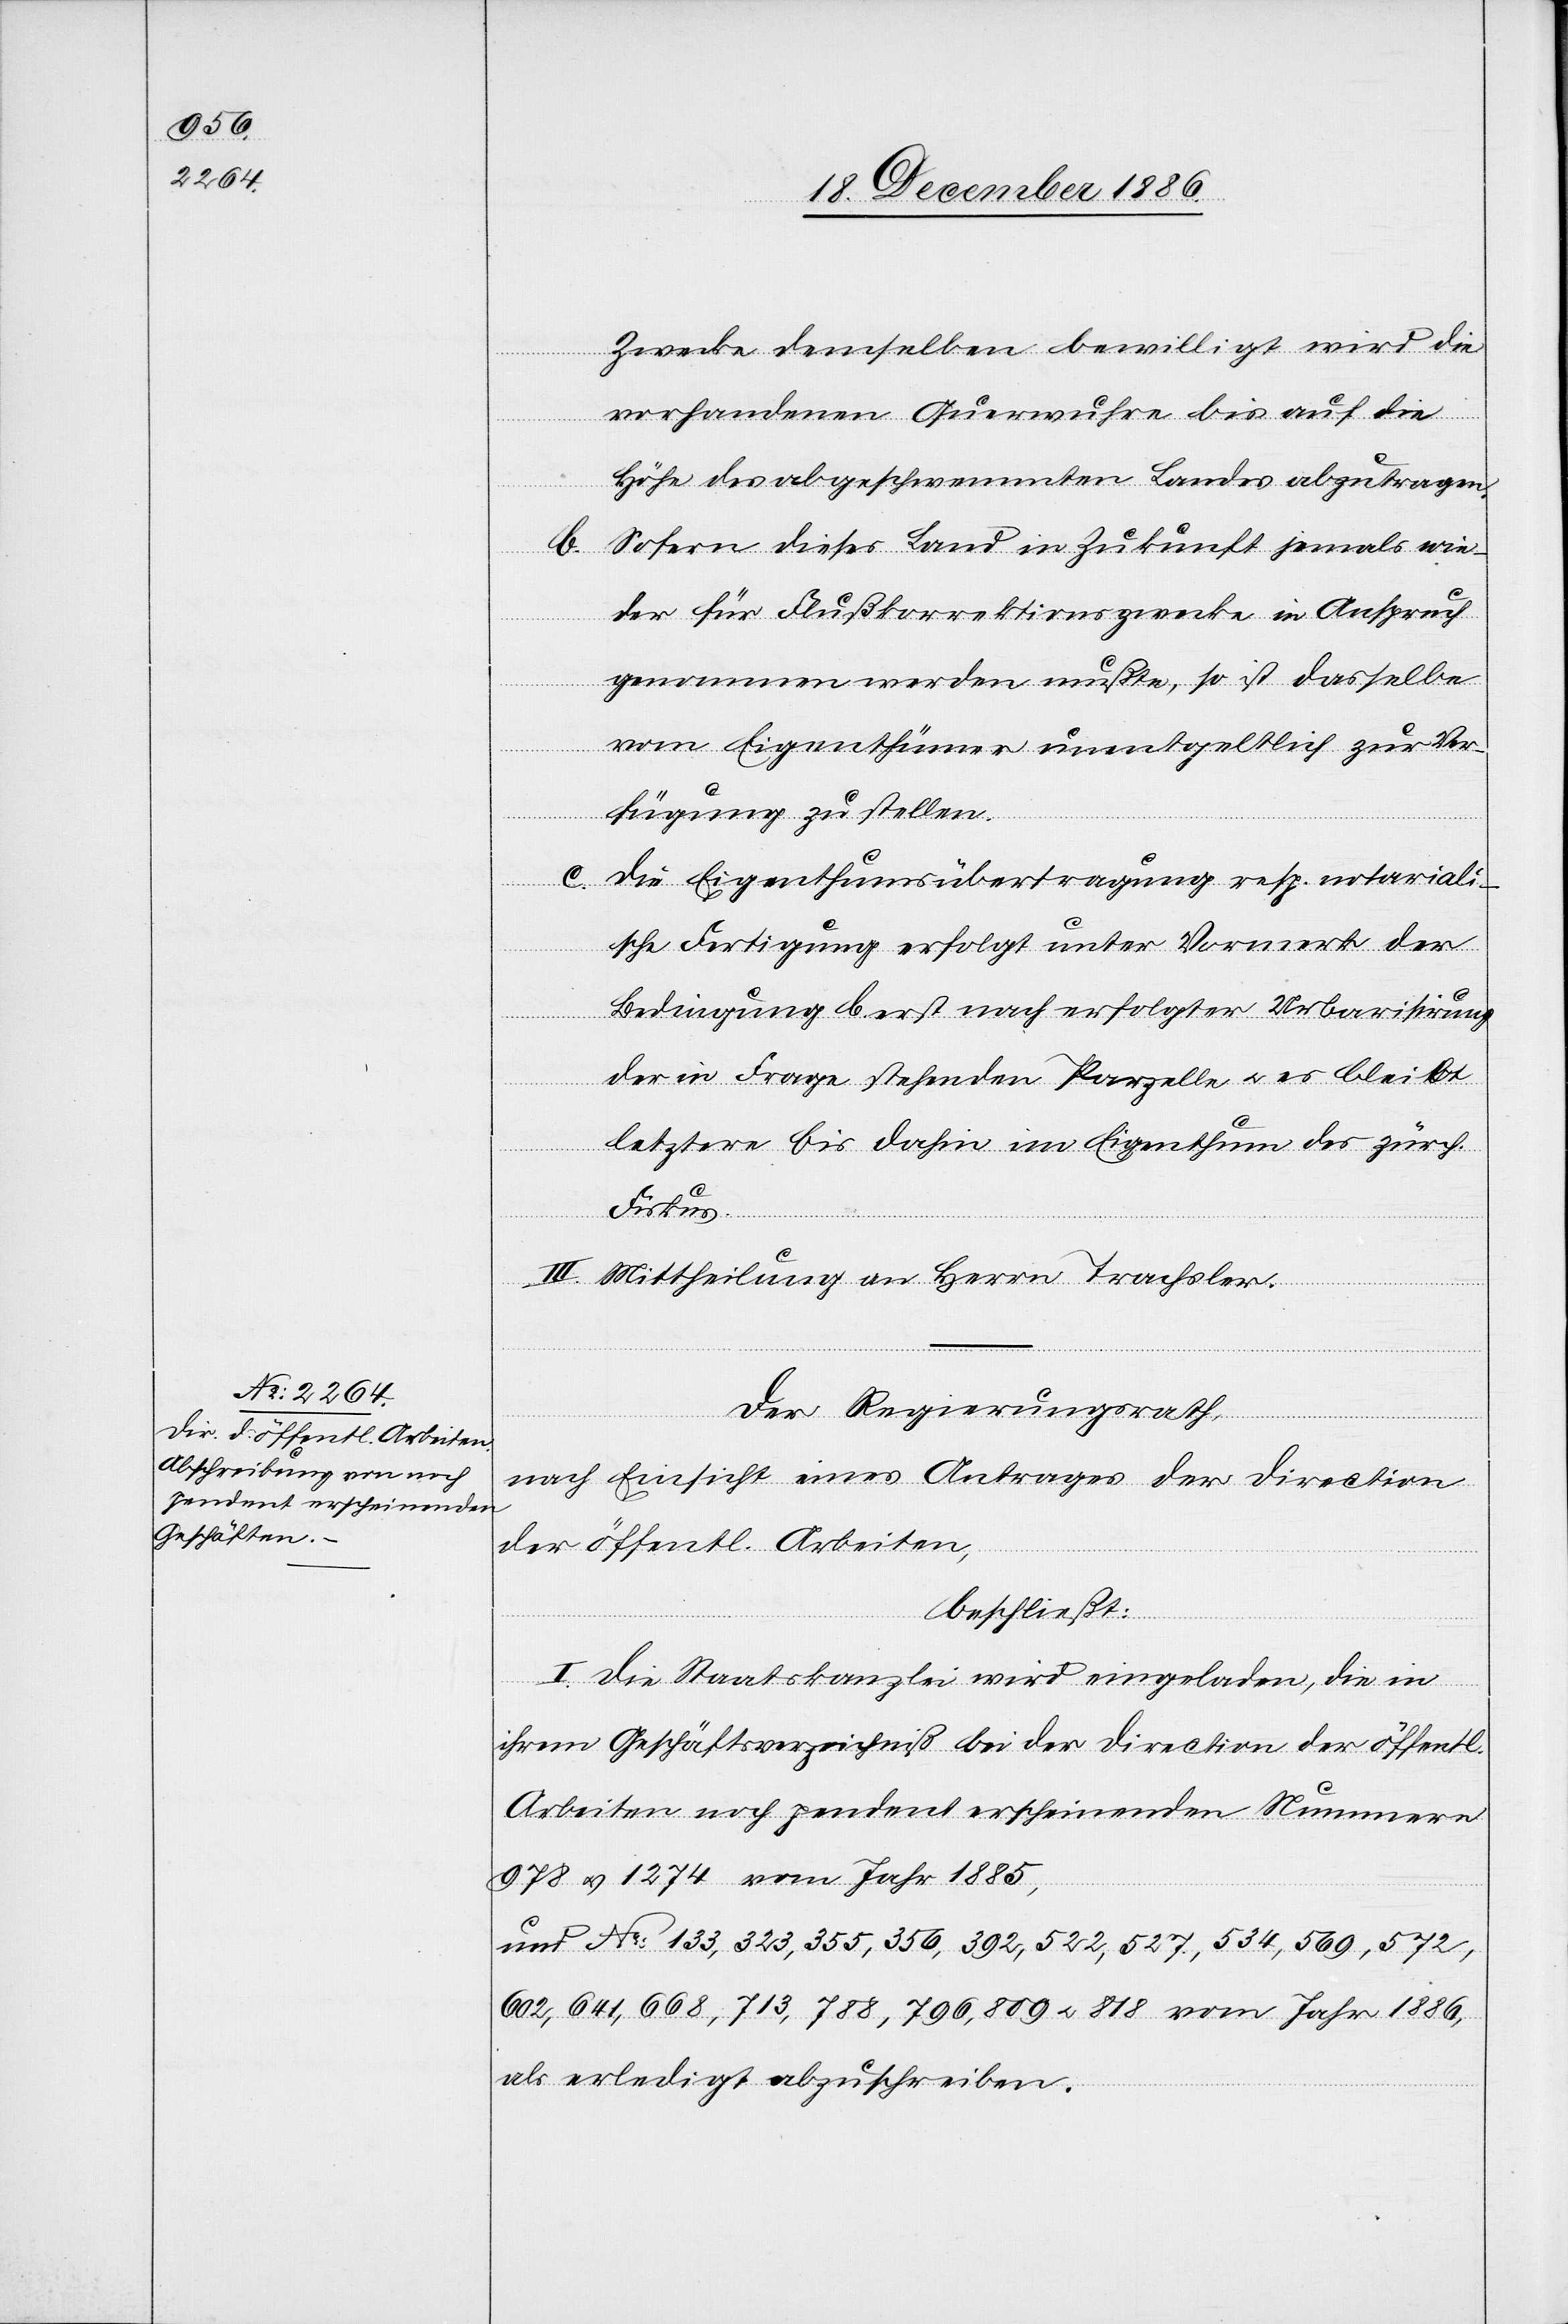
Zwecke demselben bewilligt wird die
vorhandenen Querwuhre bis auf die
Höhe des abgeschwemmten Landes abzutragen.
Sofern dieses Land in Zukunft jemals wie¬
der für Flußkorrektionszwecke in Anspruch
genommen werden mußte [sic!], so ist dasselbe
vom Eigenthümer unentgeltlich zur Ver¬
fügung zu stellen.
Die Eigenthumsübertragung resp. notariali¬
b.
sche Fertigung erfolgt unter Vormerk der
Bedingung b erst nach erfolgter Urbarisirun¬
g
der in Frage stehenden Parzelle & es bleibt
letztere bis dahin im Eigenthum des zürch.
Fiskus.
III. Mittheilung an Herrn Trachsler.
Der Regierungsrath,
nach Einsicht eines Antrages der Direction
der öffentl. Arbeiten,
beschließt:
I. Die Staatskanzlei wird eingeladen, die in
ihrem Geschäftsverzeichniß bei der Direction der öffentl.
Arbeiten noch pendent erscheinenden Nummern
978 & 1274 vom Jahr 1885,
und No: 133, 323, 355, 356, 392, 522, 527, 534, 569, 572,
602, 641, 668, 713, 788, 796, 809 & 818 vom Jahr 1886,
als erledigt abzuschreiben.